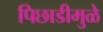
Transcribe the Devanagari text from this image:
पिछाडीमुळे